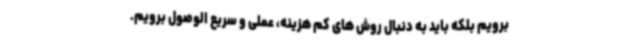
برویم بلکه باید به دنبال روش های کم هزینه، عملی و سریع الوصول برویم.